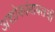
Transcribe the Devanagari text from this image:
अशोकांबाबतची